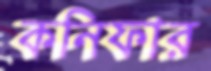
কনিফার